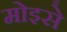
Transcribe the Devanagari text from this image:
मोइसे